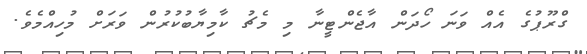
ގްރޫޕުގެ އެއް ވަނަ ހޯދަން އާޖެންޓީނާ މި މެޗު ކާމިޔާބުކުރުން ވަރަށް މުހިއްމެވެ.